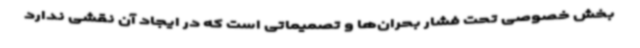
بخش خصوصی تحت فشار بحران‌ها و تصمیماتی است که در ایجاد آن نقشی ندارد